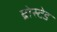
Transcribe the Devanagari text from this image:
ब्रोस्टेड